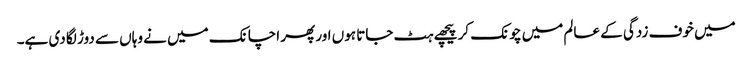
میں خوف زدگی کے عالم میں چونک کر پیچھے ہٹ جاتا ہوں اور پھر اچانک میں نے وہاں سے دوڑ لگا دی ہے۔